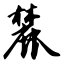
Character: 麓